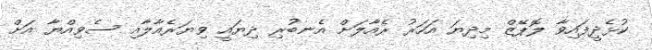
ކުޅެދީފައިވާ ލޮޕޭޒް މިދިޔަ އަހަރު ރެއާލަށް އެނބުރި ދިޔައީ ވިޔަރެއާލާއި ސެވިއްޔާ އަށް